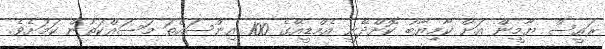
ރައީސް ޔާމީން އަށް ކާމިޔާބު ކޮށްދޭނީ އެމްޑީއޭގެ 100 އިންސައްތަ މަސައްކަތުން ކަމަށެވެ.